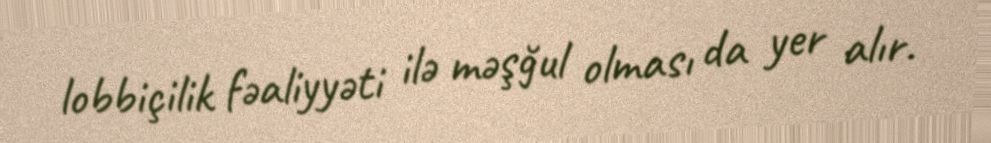
lobbiçilik fəaliyyəti ilə məşğul olması da yer alır.